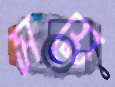
সয়ে